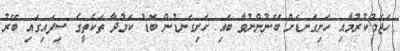
ހަޖަމުކުރުމާއި ހަށިގަނޑަށް ބޭނުންނުވާ ބައި ހަށިގަނޑުން ބޮޑު ކަމުދާ ތަކެތީގެ ސިފައިގައި ބޭރު